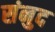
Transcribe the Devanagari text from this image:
संनुद